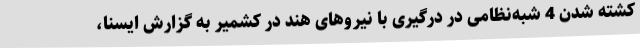
کشته شدن 4 شبه‌نظامی در درگیری با نیروهای هند در کشمیر به گزارش ایسنا،